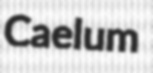
Caelum